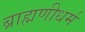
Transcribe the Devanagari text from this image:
ब्राह्मणीधर्म